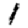
Digit: 1